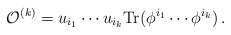
\begin{align*} {\cal O}^{(k)} = u_{i_1} \cdots u_{i_k} \mbox{Tr}(\phi^{i_1} \cdots \phi^{i_k}) \, .\end{align*}